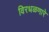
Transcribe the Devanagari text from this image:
विरधळणारे